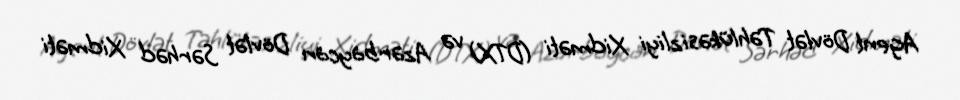
Agent Dövlət Təhlükəsizliyi Xidməti (DTX) və Azərbaycan Dövlət Sərhəd Xidməti